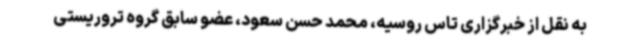
به نقل از خبرگزاری تاس روسیه، محمد حسن سعود، عضو سابق گروه تروریستی